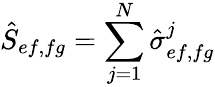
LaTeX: \hat{S}_{ef,fg}=\sum_{j=1}^{N}\hat{\sigma}_{ef,fg}^{j}